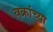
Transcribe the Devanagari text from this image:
वक्रांच्या